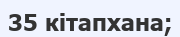
35 кітапхана;